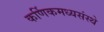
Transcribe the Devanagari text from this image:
कर्णिकमध्यसंस्थे